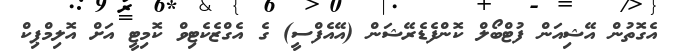
އެގޮތުން އޭޝިއަން ފުޓްބޯލް ކޮންފެޑެރޭޝަން (އޭއެފްސީ) ގެ އެގްޒެކެޓިވް ކޮމިޓީ އަށް އޮލިމްޕިކް